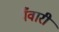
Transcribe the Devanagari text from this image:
पँवारी